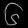
Digit: ၆